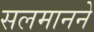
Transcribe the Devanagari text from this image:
सलमानने